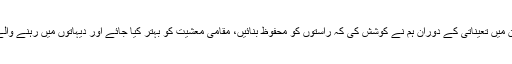
کالم نگار لکھتے ہیں کہ افغانستان میں تعیناتی کے دوران ہم نے کوشش کی کہ راستوں کو محفوظ بنائیں، مقامی معشیت کو بہتر کیا جائے اور دیہاتوں میں رہنے والے افغانوں سے دوستی کی جائے۔